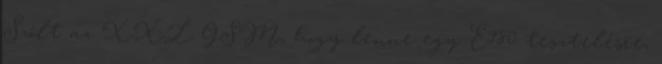
Szólt az XXL GSM, hogy lenne egy E780 tesztelésre,